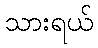
သားရယ်